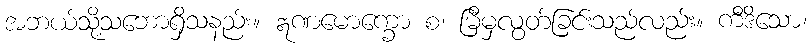
အဘယ်သို့သဘောရှိသနည်း။ ဣဏမောက္ခော စ၊ မြီမှလွတ်ခြင်းသည်လည်း။ ကီဒိသော၊